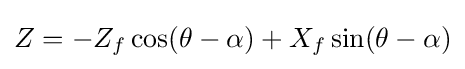
Z=-Z_{f}\cos(\theta -\alpha )+X_{f}\sin(\theta -\alpha )